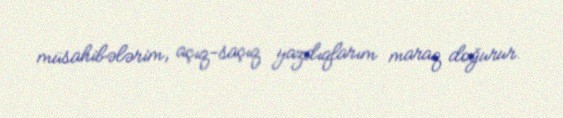
müsahibələrim, açıq-saçıq yazdıqlarım maraq doğurur.